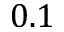
0 . 1